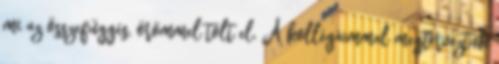
mi az összefüggés, örömmel tölt el. A kollégáimmal megterveztük